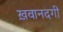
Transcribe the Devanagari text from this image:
ख़वानदगी